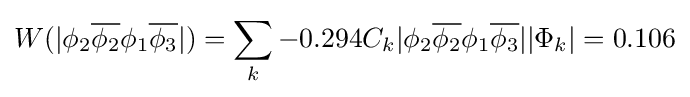
W(|\phi _{2}{\overline {\phi _{2}}}\phi _{1}{\overline {\phi _{3}}}|)=\sum \limits _{k}-0.294C_{k}|\phi _{2}{\overline {\phi _{2}}}\phi _{1}{\overline {\phi _{3}}}||\Phi _{k}|=0.106